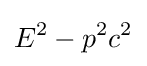
E^{2}-p^{2}c^{2}